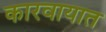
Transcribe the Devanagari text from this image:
कारवायात